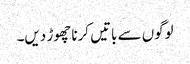
لوگوں سے باتیں کرنا چھوڑ دیں۔